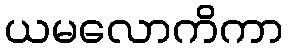
ယမလောကိကာ